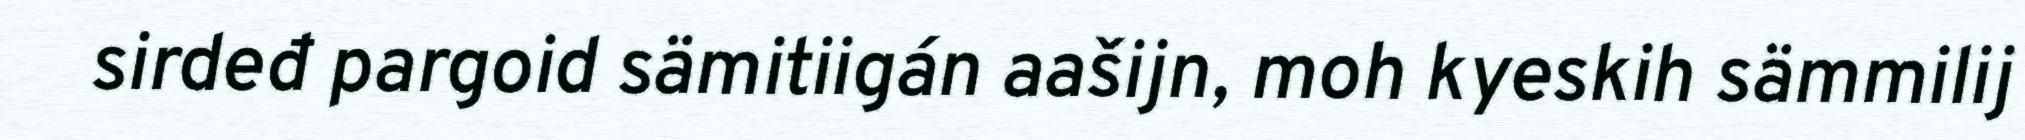
sirdeđ pargoid sämitiigán aašijn, moh kyeskih sämmilij